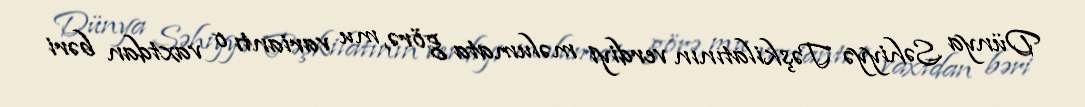
Dünya Səhiyyə Təşkilatının verdiyi məlumata görə, mu variantı o vaxtdan bəri